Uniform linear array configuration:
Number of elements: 8
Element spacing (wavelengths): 1
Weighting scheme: exponential
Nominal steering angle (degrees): -45
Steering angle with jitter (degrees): -44.157
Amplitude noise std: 0.05
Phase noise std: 0.05

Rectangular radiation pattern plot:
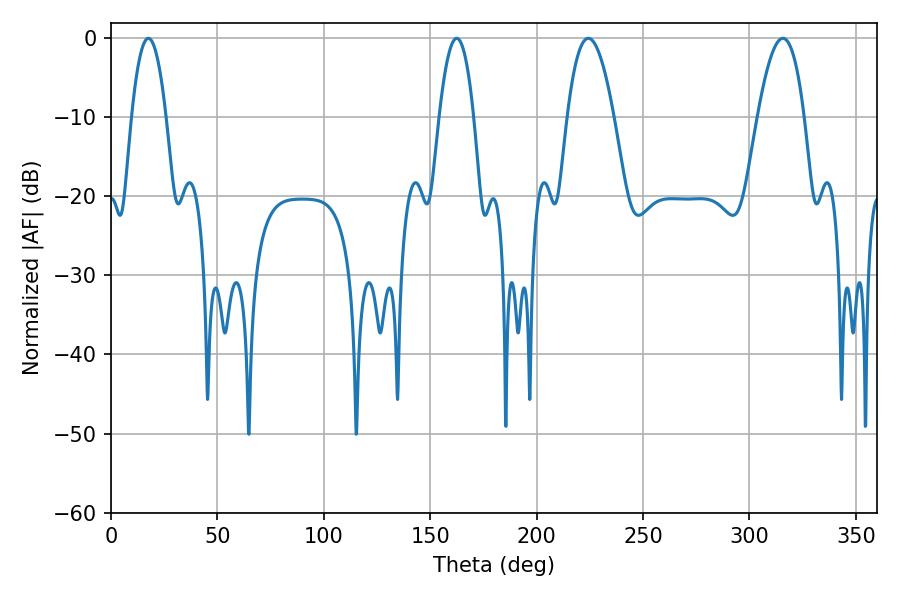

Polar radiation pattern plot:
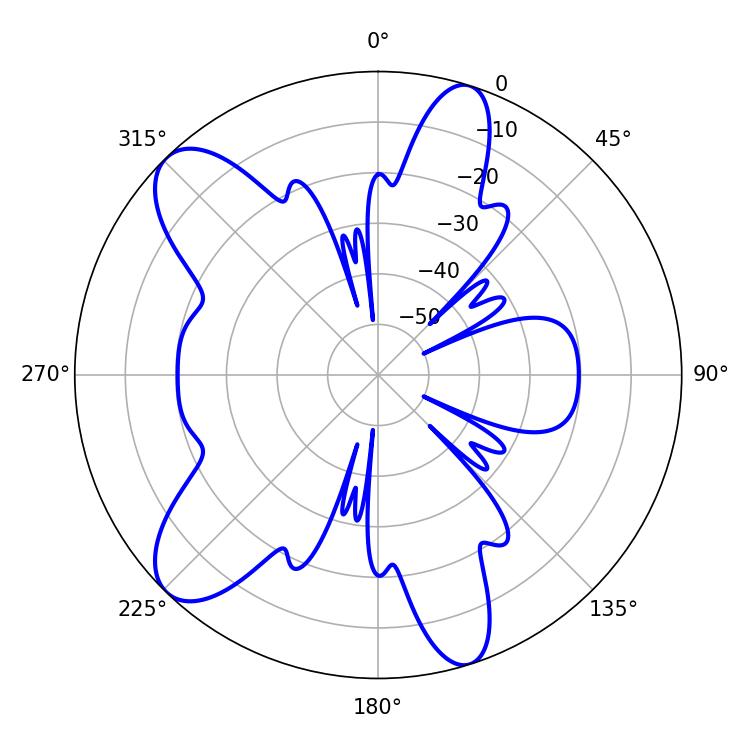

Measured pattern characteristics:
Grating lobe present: TRUE
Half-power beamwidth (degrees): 12.06
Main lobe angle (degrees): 224.28